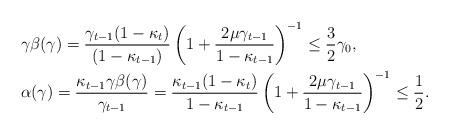
LaTeX: \begin{align*}&\gamma\beta(\gamma)=\frac{\gamma_{t-1}(1-\kappa_t)}{(1-\kappa_{t-1})}\left(1+\frac{2\mu\gamma_{t-1}}{1-\kappa_{t-1}}\right)^{-1}\leq\frac{3}{2}\gamma_0, \\ &\alpha(\gamma)=\frac{\kappa_{t-1}\gamma\beta(\gamma)}{\gamma_{t-1}}=\frac{\kappa_{t-1}(1-\kappa_{t})}{1-\kappa_{t-1}}\left(1+\frac{2\mu\gamma_{t-1}}{1-\kappa_{t-1}}\right)^{-1}\leq\frac{1}{2}. \end{align*}